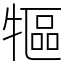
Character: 𤛐